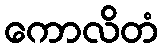
ကောလိတံ